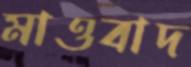
মাওবাদ